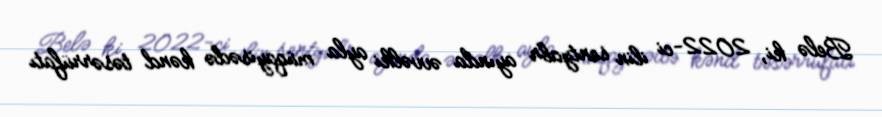
Belə ki, 2022-ci ilin sentyabr ayında əvvəlki ayla müqayisədə kənd təsərrüfatı